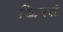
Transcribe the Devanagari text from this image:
ख्रिस्तं